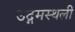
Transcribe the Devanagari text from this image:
उद्गमस्थली